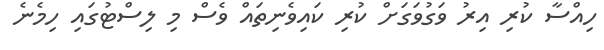
ހިއްސާ ކުރި އިރު ވަގުވަގަށް ކުރި ކައިވެނިތައް ވެސް މި ލިސްޓުގައި ހިމެނެ